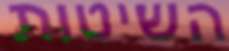
השיטות